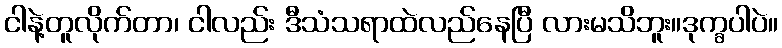
ငါနဲ့တူလိုက်တာ၊ ငါလည်း ဒီသံသရာထဲလည်နေပြီ လားမသိဘူး။ဒုက္ခပါပဲ။